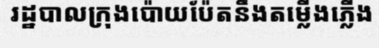
រដ្ឋបាលក្រុងប៉ោយប៉ែតនឹងតម្លើងភ្លើង